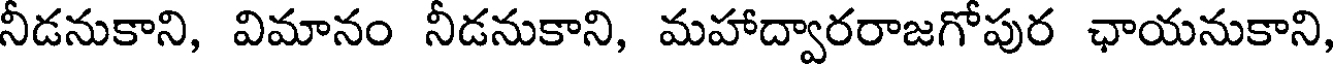
నీడనుకాని, విమానం నీడనుకాని, మహాద్వారరాజగోపుర ఛాయనుకాని,